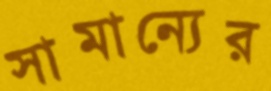
সামান্যের